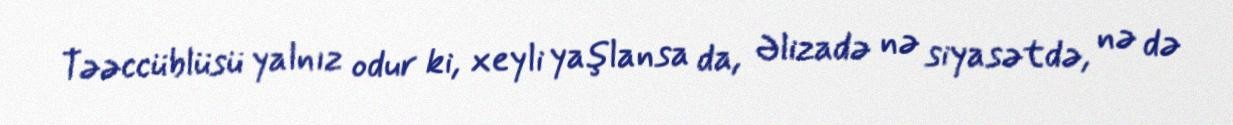
Təəccüblüsü yalnız odur ki, xeyli yaşlansa da, Əlizadə nə siyasətdə, nə də